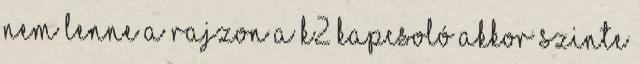
nem lenne a rajzon a K2 kapcsoló akkor szinte